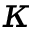
\kappa